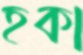
হকা